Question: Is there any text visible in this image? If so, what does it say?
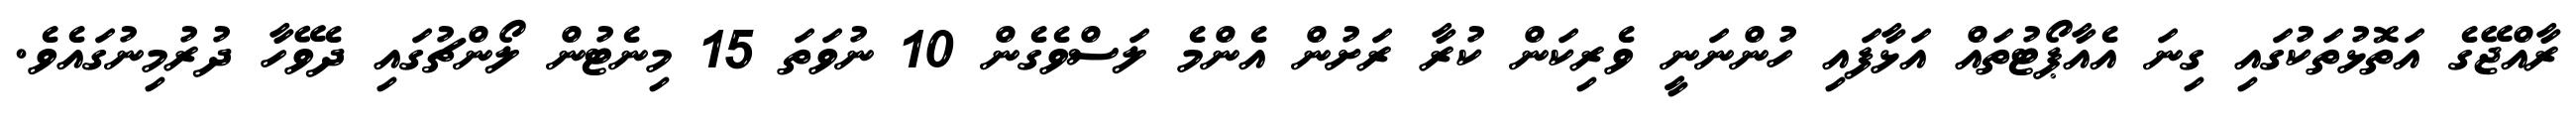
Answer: ރާއްޖޭގެ އަތޮޅުތަކުގައި ގިނަ އެއާޕޯޓުތައް އަޅާފައި ހުންނަނީ ވެރިކަން ކުރާ ރަށުން އެންމެ ލަސްވެގެން 10 ނުވަތަ 15 މިނެޓުން ލޯންޗުގައި ދެވޭހާ ދުރުމިނުގައެވެ.